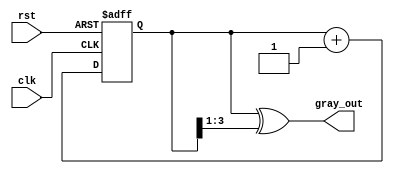
module gray_code_counter (
    input wire clk,        // Clock input
    input wire rst,        // Active high reset
    output reg [3:0] gray_out // 4-bit Gray code output
);

reg [3:0] bin_count;       // 4-bit binary counter

// Binary to Gray code conversion function
function [3:0] bin_to_gray;
    input [3:0] bin;
    begin
        bin_to_gray = bin ^ (bin >> 1);
    end
endfunction

// Sequential logic for binary counting
always @(posedge clk or posedge rst) begin
    if (rst) begin
        bin_count <= 4'b0000; // Reset binary counter to 0
    end else begin
        bin_count <= bin_count + 1; // Increment binary counter
    end
end

// Combinational logic to update gray code output
always @(*) begin
    gray_out = bin_to_gray(bin_count); // Convert binary to Gray code
end

endmodule